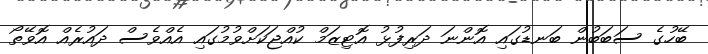
ބޭހުގެ ސަބަބުން ބަނޑުގައި އޮންނަ ދަރިފުޅު އޮޓިޒަމް ކުއްޖަކަށްވުމުގައި އެއްވެސް ދައުރެއް އޮވޭތޯ